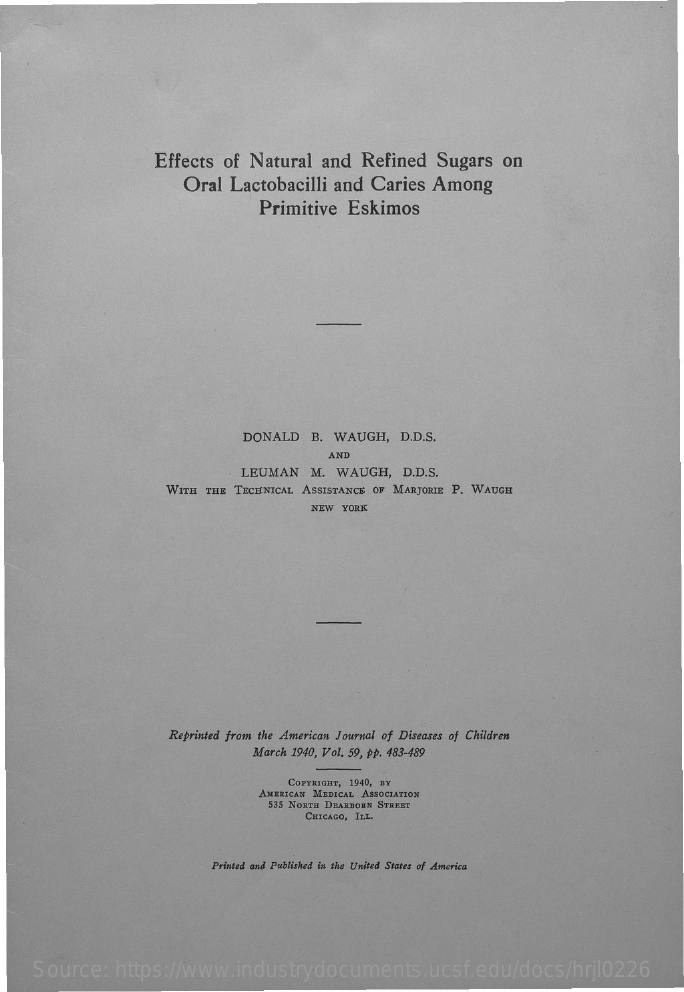
Effects of Natural and Refined Sugars on
     Oral Lactobacilli and Caries Among
     Primitive Eskimos
     DONALD B. WAUGH, D.D.S.
     AND
     LEUMAN M. WAUGH, D.D.S.
     WITH THE TECHNICAL ASSISTANCE OF MARJORIE P. WAUGH
     NEW YORK
     Reprinted from the American Journal of Diseases of Children
     March 1940, Vol. 59, pp. 483-489
     COPYRIGHT, 1940, BY
     AMERICAN MEDICAL ASSOCIATION
     535 NORTH DEARBORN STREET
     CHICAGO, ILL.
     Printed and Published in the United States of America
    Source: https://www.industrydocuments.ucsf.edu/docs/hrjl0226